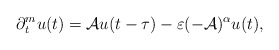
\begin{align*} \partial_t^m u(t) = {\cal A} u(t-\tau) - \varepsilon (-{\cal A})^\alpha u(t), \end{align*}